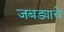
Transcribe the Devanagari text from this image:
जबड्याचे